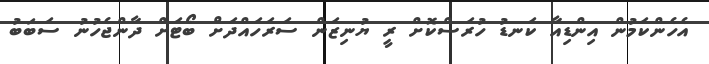
އެހެންކަމުން އިންޑިއާ ކަނޑު ހުރަސްކޮށް ރީ ޔުނިޒަން ސަރަހައްދަށް ބޯޓަށް ދާންޖެހުނު ސަބަބު